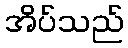
အိပ်သည်